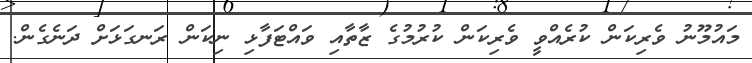
މައުމޫނު ވެރިކަން ކުރެއްވީ ވެރިކަން ކުރުމުގެ ޒާތާއި ވައްޓަފާޅި ނިކަން ރަނގަޅަށް ދަނެގެން.